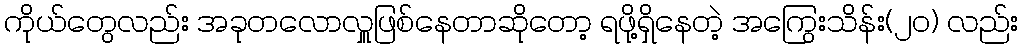
ကိုယ်တွေလည်း အခုတလောလှူဖြစ်နေတာဆိုတော့ ရဖို့ရှိနေတဲ့ အကြွေးသိန်း(၂၀) လည်း